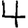
Digit: 4